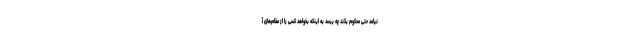
نیامد حتی محکوم بکند چه برسد به اینکه بخواهد کسی را از مقام‌های آ